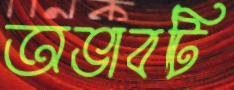
অভাবটি